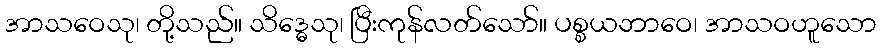
အာသဝေသု၊ တို့သည်။ သိဒ္ဓေသု၊ ပြီးကုန်လတ်သော်။ ပစ္စယဘာဝေ၊ အာသဝဟူသော